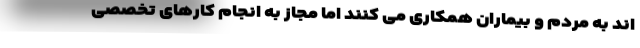
اند به مردم و بیماران همکاری می کنند اما مجاز به انجام کارهای تخصصی